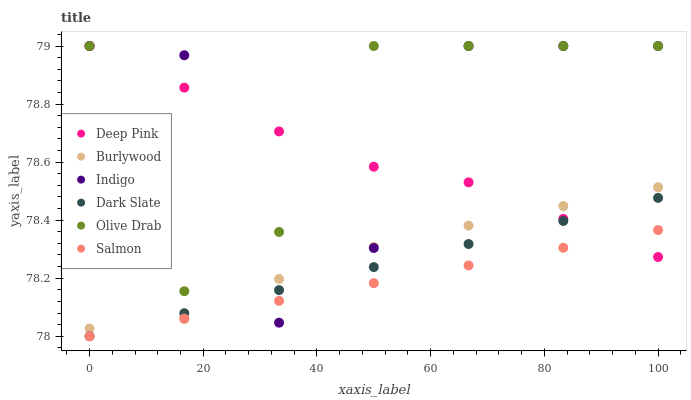
| xaxis_label | Deep Pink | Burlywood | Indigo | Dark Slate | Olive Drab | Salmon |
 | --- | --- | --- | --- | --- | --- | --- |
 | 0 | 79 | 78 | 79 | 78 | 79 | 78 |
 | 16.7 | 78.9 | 78.1 | 79 | 78.1 | 78.2 | 78.1 |
 | 33.3 | 78.7 | 78.2 | 78 | 78.2 | 78.4 | 78.1 |
 | 50 | 78.6 | 78.3 | 78.3 | 78.2 | 79 | 78.2 |
 | 66.7 | 78.5 | 78.4 | 79 | 78.3 | 79 | 78.2 |
 | 83.3 | 78.4 | 78.4 | 79 | 78.4 | 79 | 78.3 |
 | 100 | 78.3 | 78.5 | 79 | 78.5 | 79 | 78.4 |